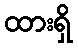
ထားရှိ